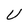
Character: U